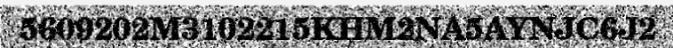
5609202M3102215KHM2NA5AYNJC6J2